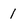
Character: 1